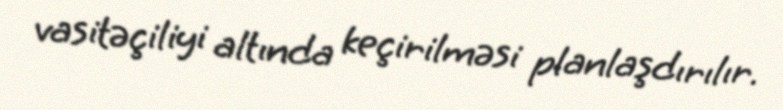
vasitəçiliyi altında keçirilməsi planlaşdırılır.